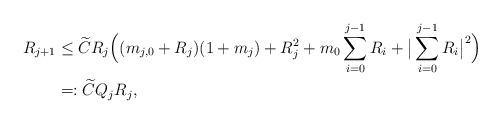
LaTeX: \begin{align*}R_{j+1}&\leq \widetilde C R_j\Big((m_{j,0} + R_j)(1+m_j)+ R_j^2+ m_0\sum_{i=0}^{j-1}R_i +\big|\sum_{i=0}^{j-1}R_i\big|^2\Big)\\&=:\widetilde CQ_j R_j,\end{align*}